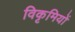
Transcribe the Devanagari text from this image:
विकृमियों